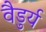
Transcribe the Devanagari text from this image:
वैडुर्य